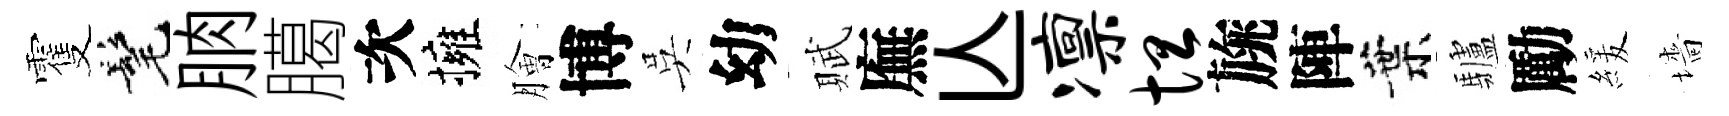
䨥髦朒臈次擁膾博吳幼賦廡亾凛坦旐陣葉驢勵緩墻